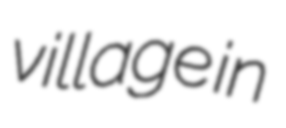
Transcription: village in